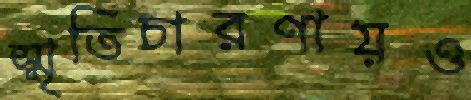
স্মৃতিচারণায়ও